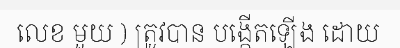
លេខ មួយ ) ត្រូវបាន បង្កើតឡើង ដោយ